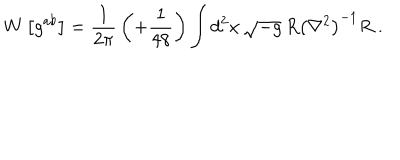
W \left[ g ^ { a b } \right] = { \frac { 1 } { 2 \pi } } \left( + { \frac { 1 } { 4 8 } } \right) \int d ^ { 2 } x \, \sqrt { - g } \, R { \left( \nabla ^ { 2 } \right) } ^ { - 1 } R \; .